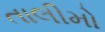
તાલીમો